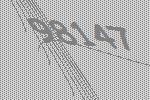
98147